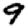
Digit: 9